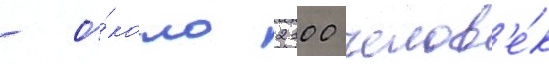
- о́коло 2100 челов'е́к